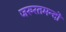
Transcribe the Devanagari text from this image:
जरुरतमन्दो